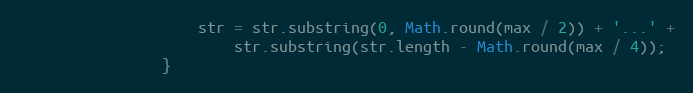
Language: JavaScript
					str = str.substring(0, Math.round(max / 2)) + '...' +
						str.substring(str.length - Math.round(max / 4));
				}